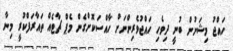
ހައްޖު މިޝަނުން ބުނީ ދިވެހި ހައްޖުވެރިންނަށް ހާއްސަކޮށްގެން މެޕް ޗާޓެއް ތައާރަފްކުރީ މިނާ